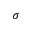
\sigma